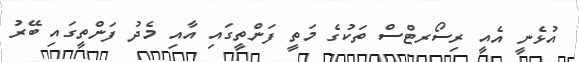
އުޅެނީ އެއީ ރިސޯރޓްސް ތަކުގެ މަތީ ފަންތީގައި އާއި މެދު ފަންތީގައި ބޭރު